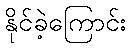
နိုင်ခဲ့ကြောင်း